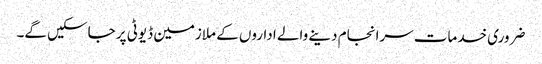
ضروری خدمات سرانجام دینے والے اداروں کے ملازمین ڈیوٹی پر جاسکیں گے۔